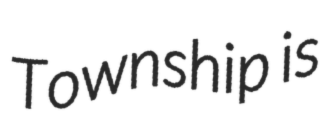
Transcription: Township is